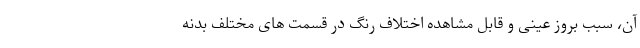
آن، سبب بروز عینی و قابل مشاهده اختلاف رنگ در قسمت های مختلف بدنه